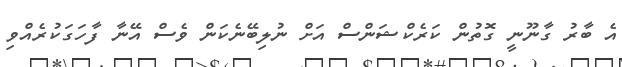
އެ ބާރު ގާނޫނީ ގޮތުން ކަރެކްޝަންސް އަށް ނުލިބޭނެކަން ވެސް އޭނާ ފާހަގަކުރެއްވި